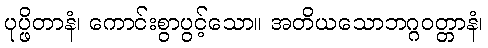
ပုပ္ဖိတာနံ၊ ကောင်းစွာပွင့်သော။ အတိယသောဘဂ္ဂဝတ္တာနံ၊